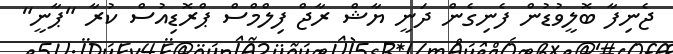
ޖެނިފާ ބޮލީވުޑުން ފެނިގެން ދަނީ ޔާޝް ރާޖް ފިލްމްސް ޕްރޮޑިއުސް ކުރާ "ޕާނީ"